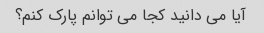
آیا می دانید کجا می توانم پارک کنم؟